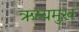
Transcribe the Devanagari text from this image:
ऋष्यमुख